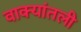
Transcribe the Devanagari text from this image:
वाक्यांतली